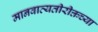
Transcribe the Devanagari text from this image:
मानवाव्यतीरीक्तच्या